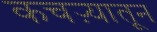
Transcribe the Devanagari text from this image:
कचऱ्यातून